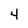
Character: 4